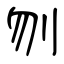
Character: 刎